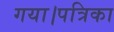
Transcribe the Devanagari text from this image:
गया।पत्रिका